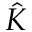
\hat { K }